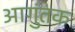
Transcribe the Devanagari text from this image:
आगुंतक